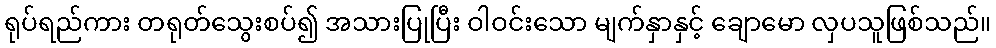
ရုပ်ရည်ကား တရုတ်သွေးစပ်၍ အသားပြုပြီး ဝါဝင်းသော မျက်နှာနှင့် ချောမော လှပသူဖြစ်သည်။